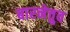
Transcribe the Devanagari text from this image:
बारनेत्तुव